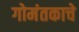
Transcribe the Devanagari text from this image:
गोमंतकाचे